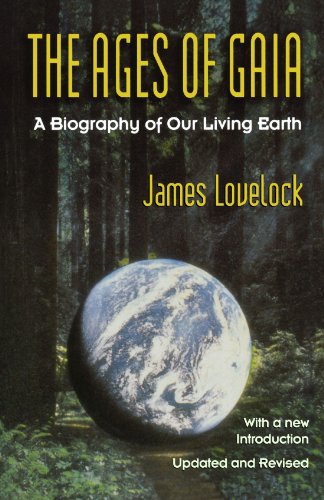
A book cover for The Ages of Gaia: A Biography of Our Living Earth (Commonwealth Fund Book Program); James Lovelock; Religion & Spirituality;